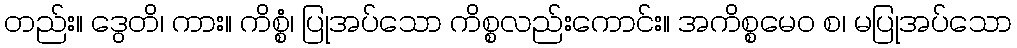
တည်း။ ဒွေတိ၊ ကား။ ကိစ္စံ၊ ပြုအပ်သော ကိစ္စလည်းကောင်း။ အကိစ္စမေဝ စ၊ မပြုအပ်သော